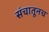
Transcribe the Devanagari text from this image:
संचातूनच